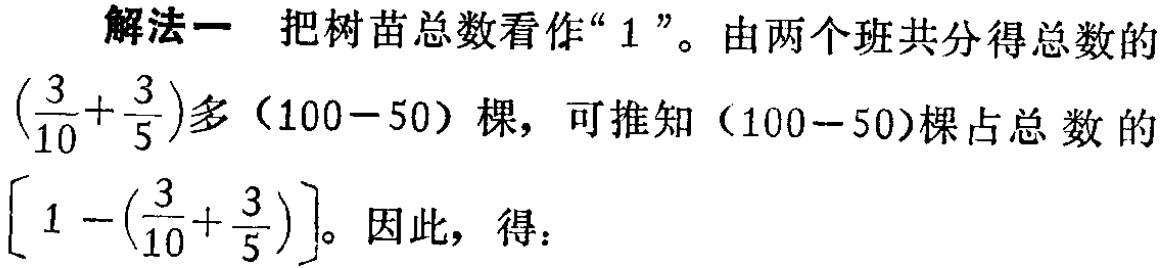
解法一 把树苗总数看作“$1$”。由两个班共分得总数的$\left(\frac{3}{10}+\frac{3}{5}\right)$多$(100 - 50)$棵，可推知$(100 - 50)$棵占总数的$\left[1-\left(\frac{3}{10}+\frac{3}{5}\right)\right]$。因此，得：